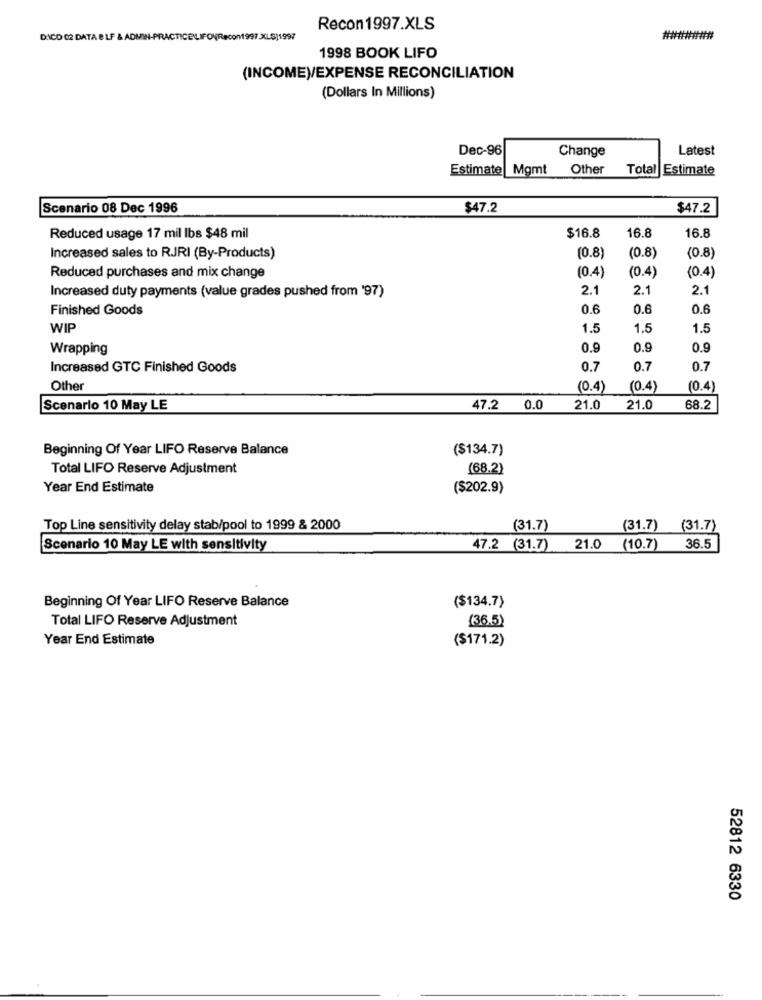
Recon 1997.XLS
DICO 02 DATA 8 LF & ADMIN-PRACTICELIFONRecon1997.XLS)1997
#######
1998 BOOK LIFO
(INCOME)/EXPENSE RECONCILIATION
(Dollars In Millions)
Dec-96
Change
Latest
Estimate Mgmt Other
Total Estimate
Scenario 08 Dec 1996
$47.2
$47.2
16.8
Reduced usage 17 mil Ibs $48 mil
$16.8
16.8
Increased sales to RJRI (By-Products)
(0.8)
(0.8)
(0.8)
(0.4)
Reduced purchases and mix change
(0.4)
(0.4)
2.1
2.1
2.1
Increased duty payments (value grades pushed from '97)
Finished Goods
0.6
0.6
0.6
WIP
1.5
1.5
1.5
Wrapping
0.9
0.9
0.9
Increased GTC Finished Goods
0.7
0.7
0.7
Other
(0.4)
(0.4)
(0.4)
Scenario 10 May LE
47.2 0.0
21.0
21.0
68.2
Beginning Of Year LIFO Reserve Balance
($134.7)
Total LIFO Reserve Adjustment
(68.2)
Year End Estimate
($202.9)
Top Line sensitivity delay stab/pool to 1999 & 2000
(31.7)
(31.7) (31.7)
Scenario 10 May LE with sensitivity
47.2 (31.7)
21.0
(10.7) 36.5
($134.7)
Beginning Of Year LIFO Reserve Balance
Total LIFO Reserve Adjustment
(36.5)
Year End Estimate
($171.2)
52812 6330